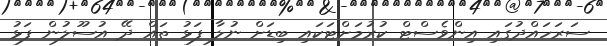
ސަރަހައްދުގައި އިންވެސްޓް ކުރުމަށްޓަކައި ބިޑަށް ނުލާ ފަޅު ތައް ދޭ އުސޫލުން ފަޅު